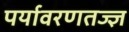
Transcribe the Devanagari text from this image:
पर्यावरणतज्ज्ञ